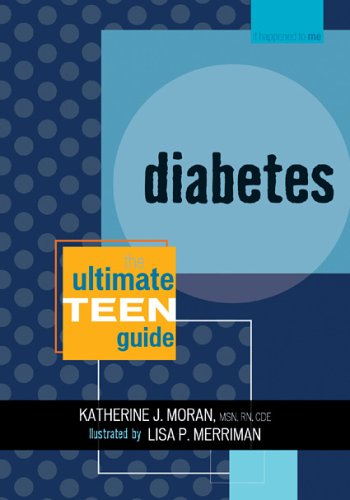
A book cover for Diabetes: The Ultimate Teen Guide (It Happened to Me); Katherine J. Moran; Health, Fitness & Dieting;